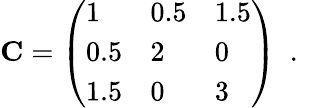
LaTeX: \mathbf{C}=\left(\begin{array}{lll}{1}&{0.5}&{1.5}\\ {0.5}&{2}&{0}\\ {1.5}&{0}&{3}\end{array}\right)\ \mathrm{~.~}